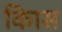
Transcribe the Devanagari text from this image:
किास